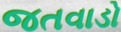
જતવાડો